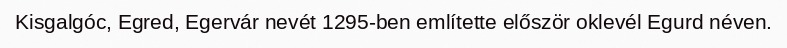
Kisgalgóc, Egred, Egervár nevét 1295-ben említette először oklevél Egurd néven.